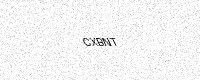
Text: CXBNT